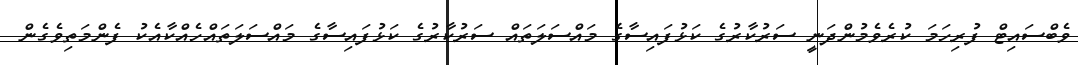
ވެބްސައިޓް ފުރިހަމަ ކުރެވެމުންދަނީ ސަރުކާރުގެ ކަޅުފައިސާގެ މައްސަލަތައް ސަރުކާރުގެ ކަޅުފައިސާގެ މައްސަލަތައްހެއްކާއެކު ފެންމަތިވެގެން